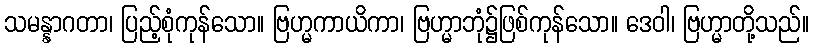
သမန္နာဂတာ၊ ပြည့်စုံကုန်သော။ ဗြဟ္မကာယိကာ၊ ဗြဟ္မာဘုံ၌ဖြစ်ကုန်သော။ ဒေဝါ၊ ဗြဟ္မာတို့သည်။